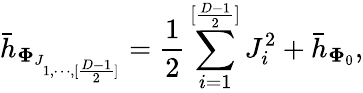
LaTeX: {\bar{h}}_{{\mathbf\Phi}_{J_{1,\cdots,[{\frac{D-1}{2}}]}}}={\frac{1}{2}}\sum_{i=1}^{[{\frac{D-1}{2}}]}J_{i}^{2}+{\bar{h}}_{{\mathbf\Phi}_{0}},